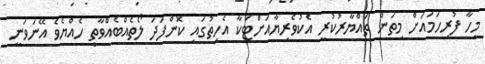
މިހާ ފުރިހަމައަށް މިތަން ތައްޔާރުކުރީ އެކުވެރިޔާއަށްޓަކާ އެހިތުގައި ކޮންފަދަ ލޯތެއްބެއްވާތީ ހެއްޔެވެ އޭނަވަނީ